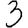
Digit: 3